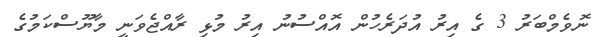
ނޮވެމްބަރު 3 ގެ އިރު އުދަރެހުން އޮއްސުނު އިރު މުޅި ރާއްޖެވަނީ މާޔޫސްކަމުގެ